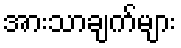
အားသာချက်များ